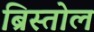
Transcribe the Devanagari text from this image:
ब्रिस्तोल